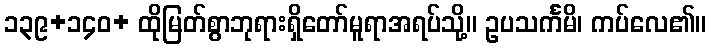
၁၃၉+၁၄၀+ ထိုမြတ်စွာဘုရားရှိတော်မူရာအရပ်သို့။ ဥပသင်္ကမိ၊ ကပ်လေ၏။